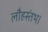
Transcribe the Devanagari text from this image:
लौहस्तंभ।